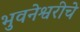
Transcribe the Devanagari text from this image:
भुवनेश्वरीचे